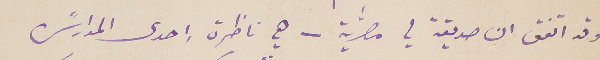
وقد اتفق ان صديقة لي مصرﱣية – هي ناظرة إحدى المدارسً